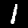
Label: 1